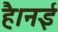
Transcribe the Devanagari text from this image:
है।नई